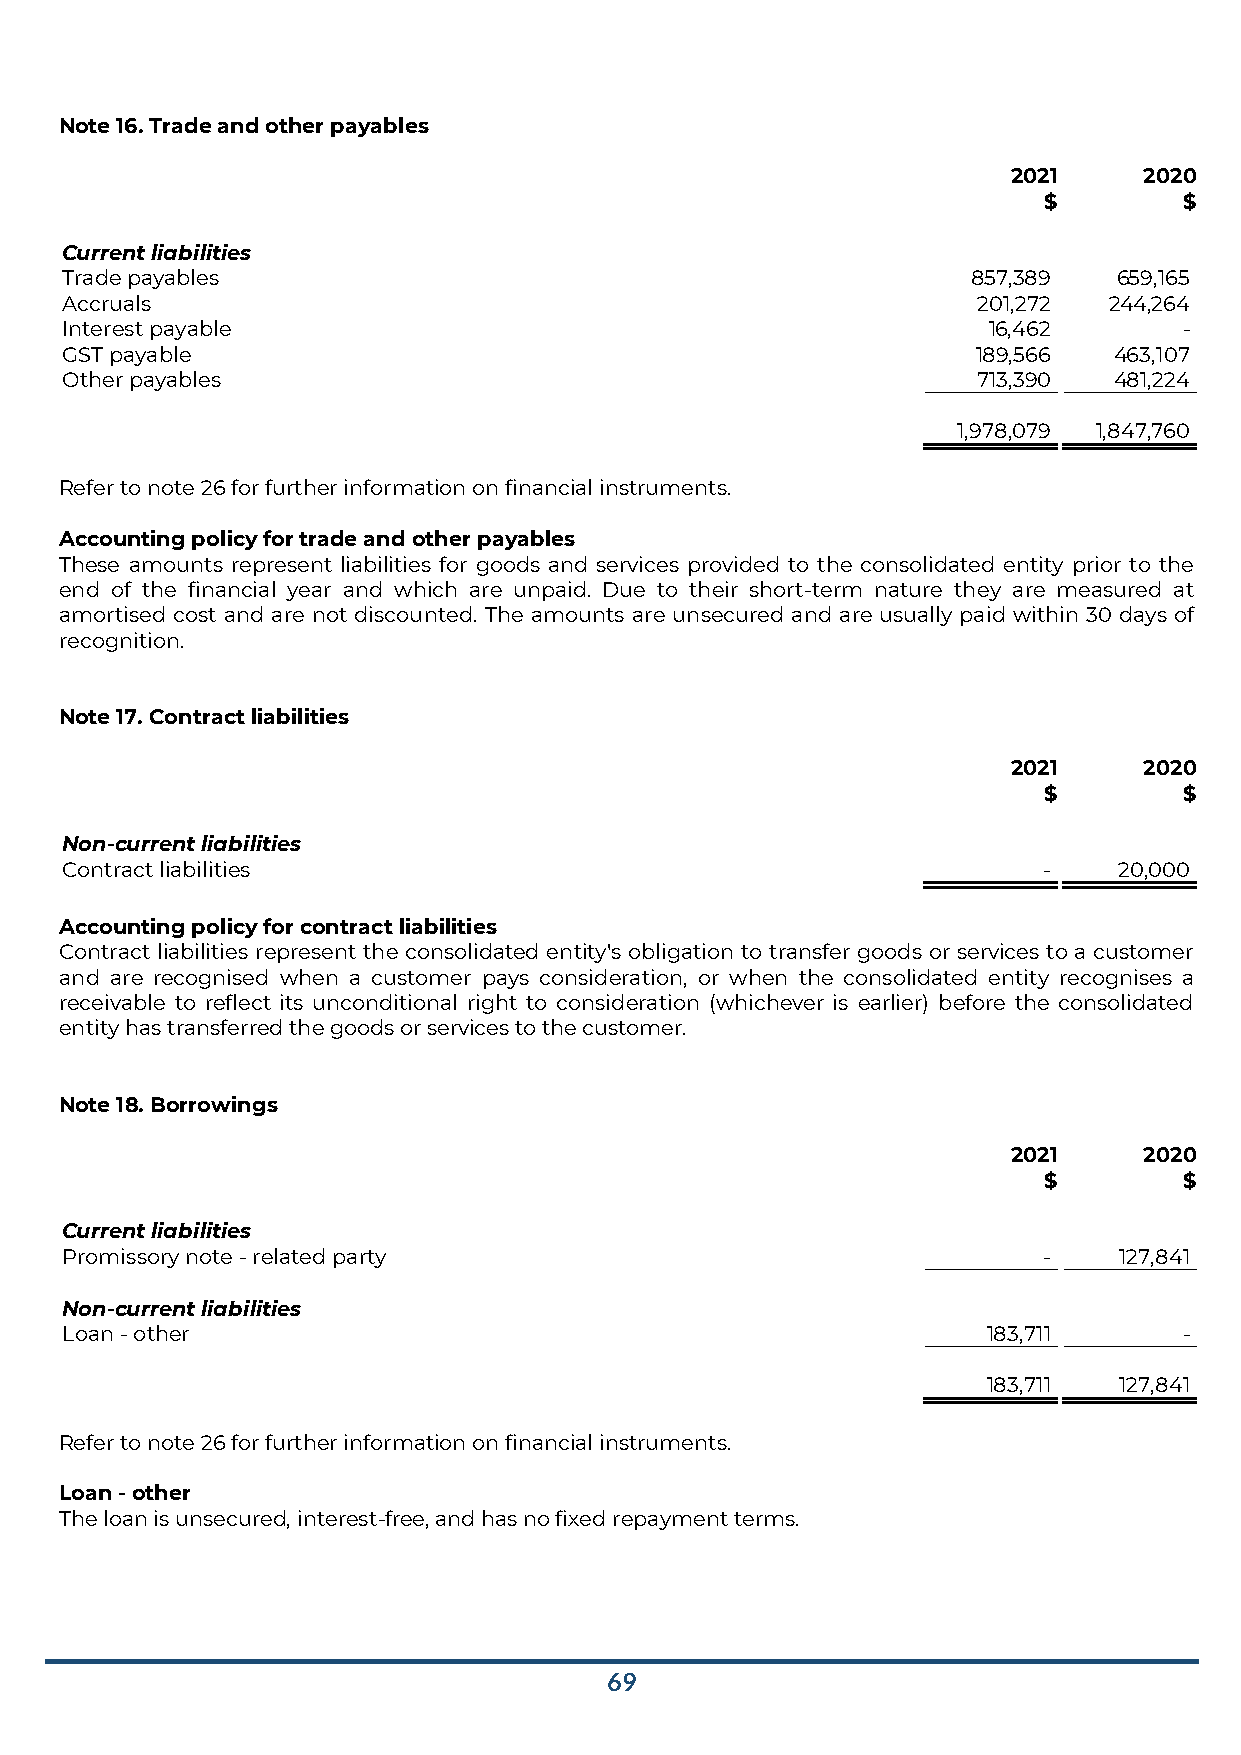
Note 16. Trade and other payables
 2021     2020
 $        $
 Current liabilities
 Trade payables                                              857,389   659,165
 Accruals                                                     201,272 244,264
 Interest payable                                             16,462       -
 GST payable                                                  189,566  463,107
 Other payables                                               713,390  481,224
 1,978,079 1,847,760
 Refer to note 26 for further information on financial instruments.
 Accounting policy for trade and other payables
 These amounts represent liabilities for goods and services provided to the consolidated entity prior to the
 end of the financial year and which are unpaid. Due to their short-term nature they are measured at
 amortised cost and are not discounted. The amounts are unsecured and are usually paid within 30 days of
 recognition.
 Note 17. Contract liabilities
 2021     2020
 $        $
 Non-current liabilities
 Contract liabilities                                             -    20,000
 Accounting policy for contract liabilities
 Contract liabilities represent the consolidated entity's obligation to transfer goods or services to a customer
 and are recognised when a customer pays consideration, or when the consolidated entity recognises a
 receivable to reflect its unconditional right to consideration (whichever is earlier) before the consolidated
 entity has transferred the goods or services to the customer.
 Note 18. Borrowings
 2021     2020
 $        $
 Current liabilities
 Promissory note - related party                                  -    127,841
 Non-current liabilities
 Loan - other                                                 183,711      -
 183,711  127,841
 Refer to note 26 for further information on financial instruments.
 Loan - other
 The loan is unsecured, interest-free, and has no fixed repayment terms.
 69